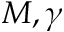
M , \gamma